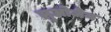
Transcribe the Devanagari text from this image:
लुओजेन